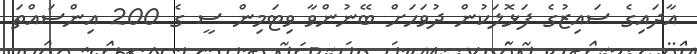
އާދައިގެ ސައިޒުގެ ފަޅޮލަކުން ދުވަހަށް ބޭނުންވާ ވިޓަމިން ސީ ގެ 200 އިންސައްތަ